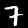
Label: 7